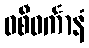
ဝစီဝင်္ကာနံ